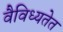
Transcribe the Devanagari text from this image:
वैविध्यतेत